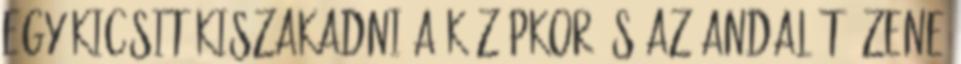
egy kicsit kiszakadni a középkor és az andalító zene